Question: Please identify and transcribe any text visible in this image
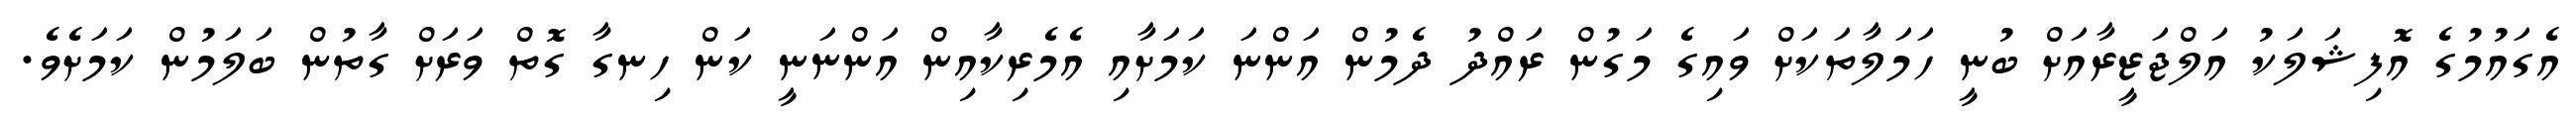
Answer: އެގައުމުގެ އޮފިޝަލަކު އަލްޖަޒީރާއަށް ބުނީ ހަމަލާތަކަށް ވައިގެ މަގުން ރައްދު ދެމުން އަންނަ ކަމަށާއި އެމެރިކާއިން އަންނަނީ ކަން ހިނގާ ގޮތް ވަރަށް ގާތުން ބަލަމުން ކަމަށެވެ.